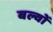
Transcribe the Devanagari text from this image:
बल्वों